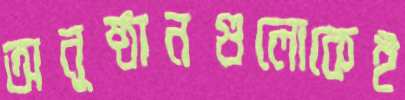
অনুষ্ঠানগুলোকেই